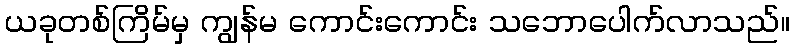
ယခုတစ်ကြိမ်မှ ကျွန်မ ကောင်းကောင်း သဘောပေါက်လာသည်။